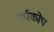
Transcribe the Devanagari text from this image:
सर्पकोप